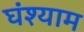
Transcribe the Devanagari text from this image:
घंश्याम